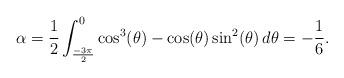
LaTeX: \begin{align*}\alpha = \frac{1}{2} \int_{\frac{-3 \pi}{2}}^0 \cos^3(\theta) - \cos(\theta) \sin^2(\theta) \,d\theta = -\frac{1}{6}.\end{align*}